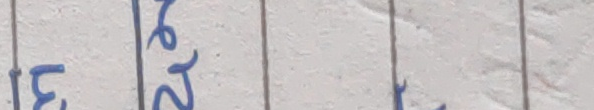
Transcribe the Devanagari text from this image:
३८